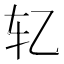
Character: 𰹯